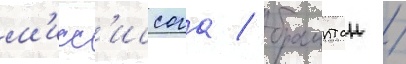
м'исс'иссога / брамптон /